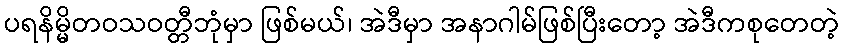
ပရနိမ္မိတဝသဝတ္တီဘုံမှာ ဖြစ်မယ်၊ အဲဒီမှာ အနာဂါမ်ဖြစ်ပြီးတော့ အဲဒီကစုတေတဲ့